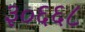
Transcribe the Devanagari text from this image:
३०६६८